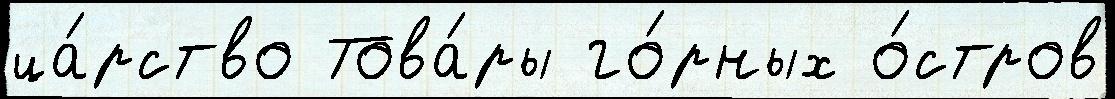
ца́рство Това́ры го́рных о́стров